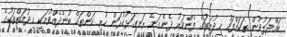
ބައްދަލުވުން ތަކައްފަހު ޚިދުމަތުގެ ފެންވަރު ދެނެގަނެ ރަނގަޅުކުރަން ހުރި ކަންތައް ބުނެދެއްވުމަކީ ޚިދުމަތްތަކުގެ